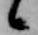
候